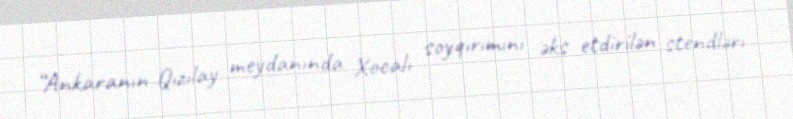
“Ankaranın Qızılay meydanında Xocalı soyqırımını əks etdirilən stendlərı